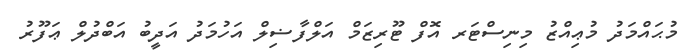
މުޙައްމަދު މުޢިއްޒު މިނިސްޓަރ އޮފް ޓޫރިޒަމް އަލްފާޟިލް އަހުމަދު އަދީބު އަބްދުލް ޢަފޫރު